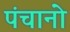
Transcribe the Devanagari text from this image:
पंचानो